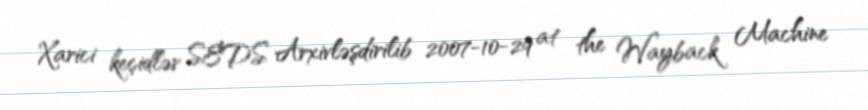
Xarici keçidlər SEDS Arxivləşdirilib 2007-10-29 at the Wayback Machine